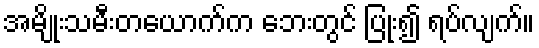
အမျိုးသမီးတယောက်က ဘေးတွင် ပြုံး၍ ရပ်လျက်။